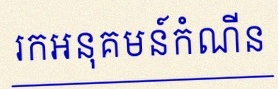
រកអនុគមន៍កំណើន